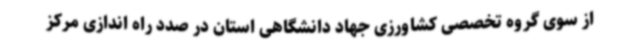
از سوی گروه تخصصی کشاورزی جهاد دانشگاهی استان در صدد راه اندازی مرکز